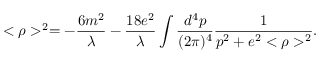
< \rho > ^ { 2 } = - \frac { 6 m ^ { 2 } } { \lambda } - \frac { 1 8 e ^ { 2 } } { \lambda } \int \frac { d ^ { 4 } p } { ( 2 \pi ) ^ { 4 } } \frac { 1 } { p ^ { 2 } + e ^ { 2 } < \rho > ^ { 2 } } .